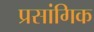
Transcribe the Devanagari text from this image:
प्रसांगिक